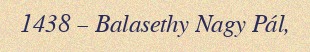
1438 – Balasethy Nagy Pál,